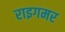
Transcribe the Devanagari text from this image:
राइगमर